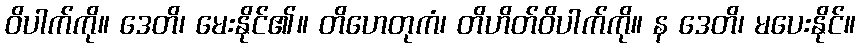
ဝိပါက်ကို။ ဒေတိ၊ မေးနိုင်၏။ တိဟေတုကံ၊ တိဟိတ်ဝိပါက်ကို။ န ဒေတိ၊ မပေးနိုင်။